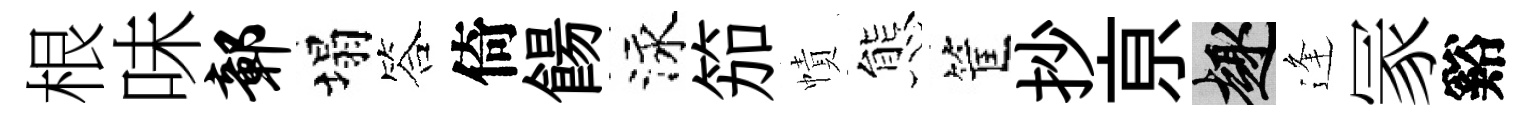
根味鄣塌答倚餳泳笳幘態筐抄亰趣逢冡谿